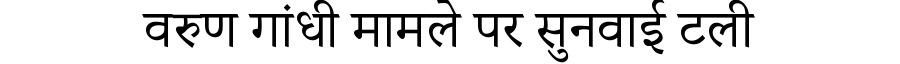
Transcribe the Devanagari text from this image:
वरुण गांधी मामले पर सुनवाई टली